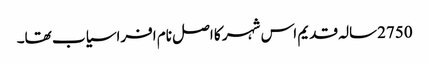
2750سالہ قدیم اس شہر کا اصل نام افراسیاب تھا۔